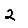
Digit: 2